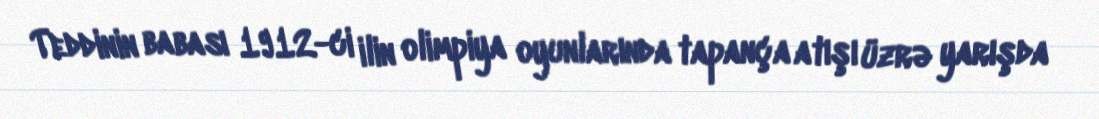
Teddinin babası 1912-ci ilin olimpiya oyunlarında tapança atışı üzrə yarışda